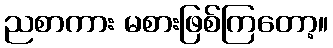
ညစာကား မစားဖြစ်ကြတော့။